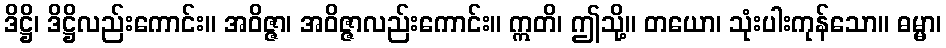
ဒိဋ္ဌိ၊ ဒိဋ္ဌိလည်းကောင်း။ အဝိဇ္ဇာ၊ အဝိဇ္ဇာလည်းကောင်း။ ဣတိ၊ ဤသို့။ တယော၊ သုံးပါးကုန်သော။ ဓမ္မာ၊